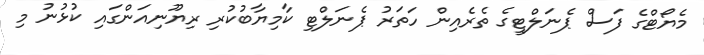
މެޔޯޓްގެ ފަސް ޕެނަލްޓީގެ ތެރެއިން ހަތަރު ޕެނަލްޓި ކާމިޔާބުކުރި ރިޔޫނިއަންގައި ކުޅުނު މި